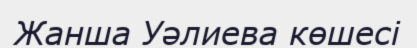
Жанша Уәлиева көшесі